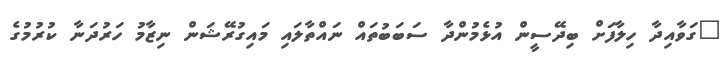
"ގަވާއިދާ ހިލާފަށް ބިދޭސީން އުޅެމުންދާ ސަބަބުތައް ނައްތާލައި މައިގުރޭޝަން ނިޒާމު ހަރުދަނާ ކުރުމުގެ